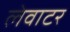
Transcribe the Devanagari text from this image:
लेवाटर